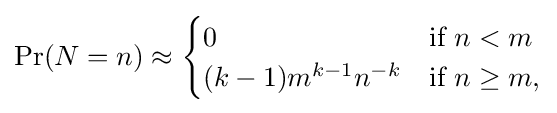
\Pr(N=n)\approx {\begin{cases}0&{\text{if }}n<m\\(k-1)m^{k-1}n^{-k}&{\text{if }}n\geq m,\end{cases}}